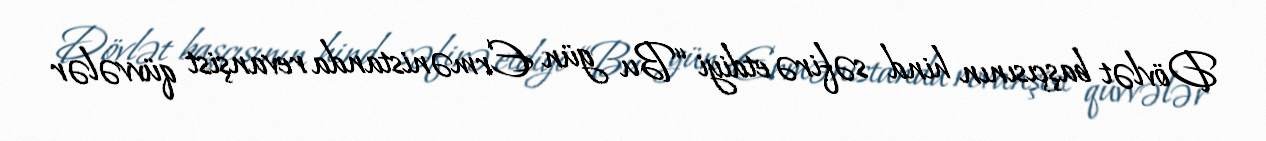
Dövlət başçısının hind səfirə etdiyi “Bu gün Ermənistanda revanşist qüvvələr